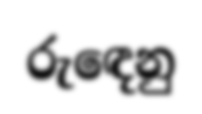
රුඳෙනු